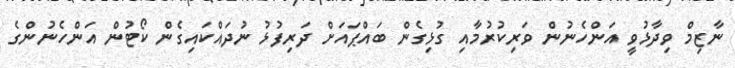
ނާޒިމް ވިދާޅުވީ އަންހެނުން ވަރިކުރުމާއި ގުޅިގެން ބައްޕައަށް ދަރިފުޅު ނުދައްކައިގެން ކޯޓުން އަންހެނުންގެ